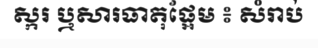
ស្ករ ឬសារធាតុផ្អែម ៖ សំរាប់